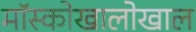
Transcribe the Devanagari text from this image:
मॉस्कोखालोखाल